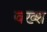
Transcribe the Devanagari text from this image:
वख्श